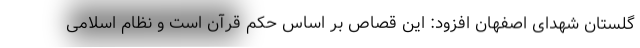
گلستان شهدای اصفهان افزود: این قصاص بر اساس حکم قرآن است و نظام اسلامی